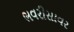
ભવરીસાવર